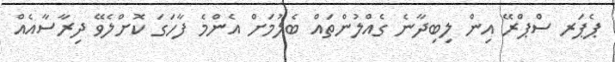
ޕެޕަރ ސްޕްރޭ އިން ލިބިދާނެ ގެއްލުންތައް ބެލުމަށް އެންމެ ފާހަގަ ކޮށްލެވޭ ދިރާސާއެއް